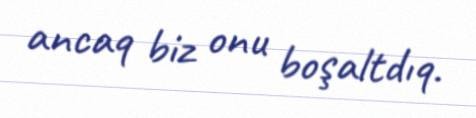
ancaq biz onu boşaltdıq.